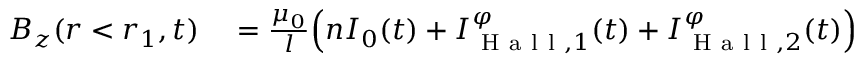
\begin{array} { r l } { B _ { z } ( r < r _ { 1 } , t ) } & { { } = \frac { \mu _ { 0 } } { l } \Big ( n I _ { 0 } ( t ) + I _ { \mathrm { ~ H ~ a ~ l ~ l ~ } , 1 } ^ { \varphi } ( t ) + I _ { \mathrm { ~ H ~ a ~ l ~ l ~ } , 2 } ^ { \varphi } ( t ) \Big ) } \end{array}